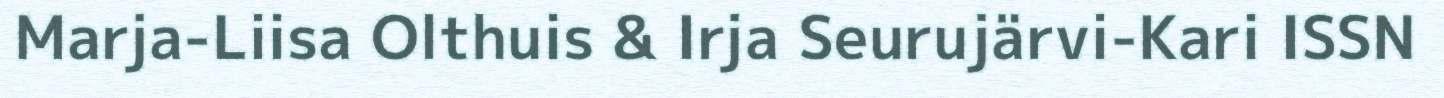
Marja-Liisa Olthuis & Irja Seurujärvi-Kari ISSN